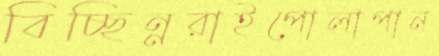
বিচ্ছিন্নরাইপোলাপান